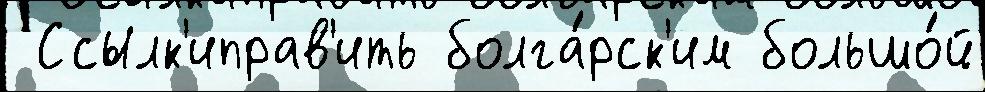
 Ссылк'иправ'ить болга́рск'им большо́й